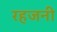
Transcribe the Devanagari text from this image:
रहजनी